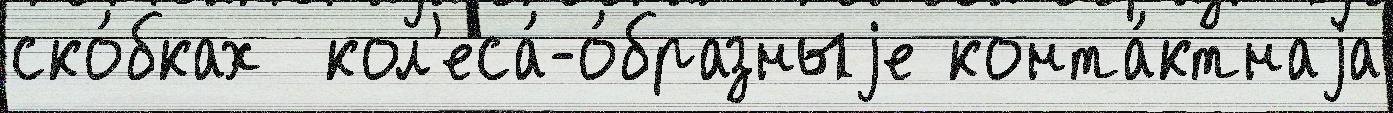
ско́бках  кол'еса́-о́бразныjе конта́ктнаjа